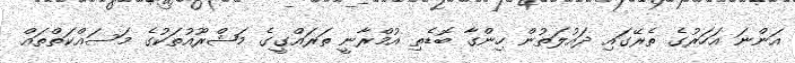
އަންނަ އަހަރުގެ ތެރޭގައި ދައުލަތުން ހިންގާ ބޮޑެތި އުމްރާނީ ތަރައްގީގެ މަޝްރޫއުތަކުގެ މަސައްކަތްތައް